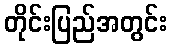
တိုင်းပြည်အတွင်း